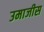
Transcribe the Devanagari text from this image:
उमाजीस